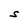
Character: S